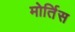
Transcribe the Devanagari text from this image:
मोर्तिस